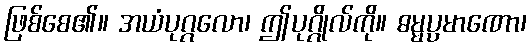
ဖြစ်စေ၏။ အယံပုဂ္ဂလော၊ ဤပုဂ္ဂိုလ်ကို။ ဓမ္မပ္ပမာဏော၊